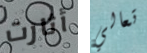
أثارت تعالي